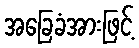
အခြေခံအားဖြင့်